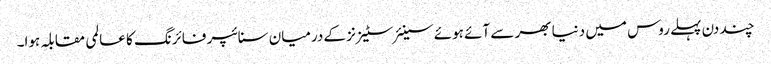
چند دن پہلے روس میں دنیا بھر سے آئے ہوئے سینئر سٹیزنز کے درمیان سنائپر فائرنگ کا عالمی مقابلہ ہوا۔